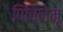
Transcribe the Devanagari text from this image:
पिचिलेमू